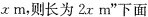
xm，则长为2x m”下面